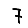
Digit: 7